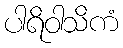
ပါရိဝါသိကံ